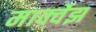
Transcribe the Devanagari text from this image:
मार्क्वेझ